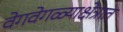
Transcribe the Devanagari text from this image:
वेगवेगळ्याक्षेत्रात